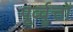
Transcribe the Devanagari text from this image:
पूर्व्वृत्तों